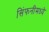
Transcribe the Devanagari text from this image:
सिंफनीमध्ये